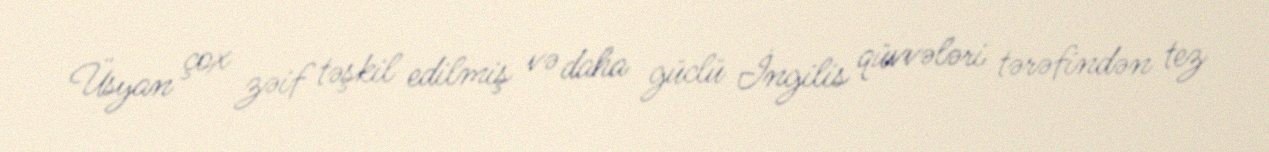
Üsyan çox zəif təşkil edilmiş və daha güclü İngilis qüvvələri tərəfindən tez